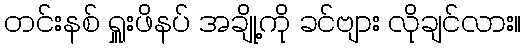
တင်းနစ် ရှူးဖိနပ် အချို့ကို ခင်ဗျား လိုချင်လား။